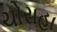
ચોરાહા